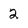
Character: 2